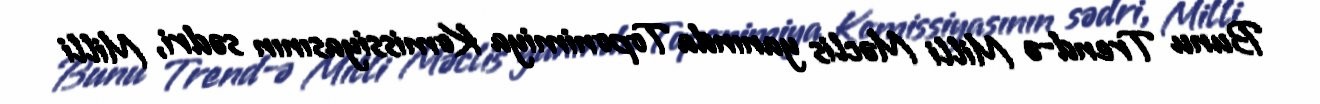
Bunu Trend-ə Milli Məclis yanında Toponimiya Komissiyasının sədri, Milli